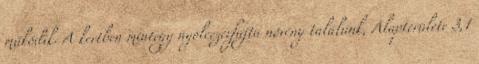
működik. A kertben mintegy nyolcezerfajta növény találunk, Alapterülete 3,1